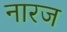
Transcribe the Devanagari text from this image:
नारज